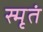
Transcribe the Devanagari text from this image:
स्मृतं